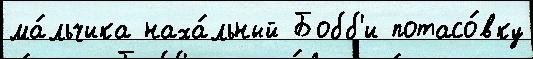
ма́льчика наха́льный Бобб'и потасо́вку